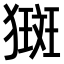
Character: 𤡰